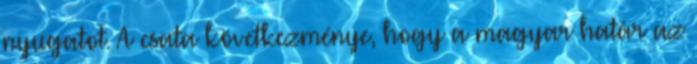
nyugatot. A csata következménye, hogy a magyar határ az